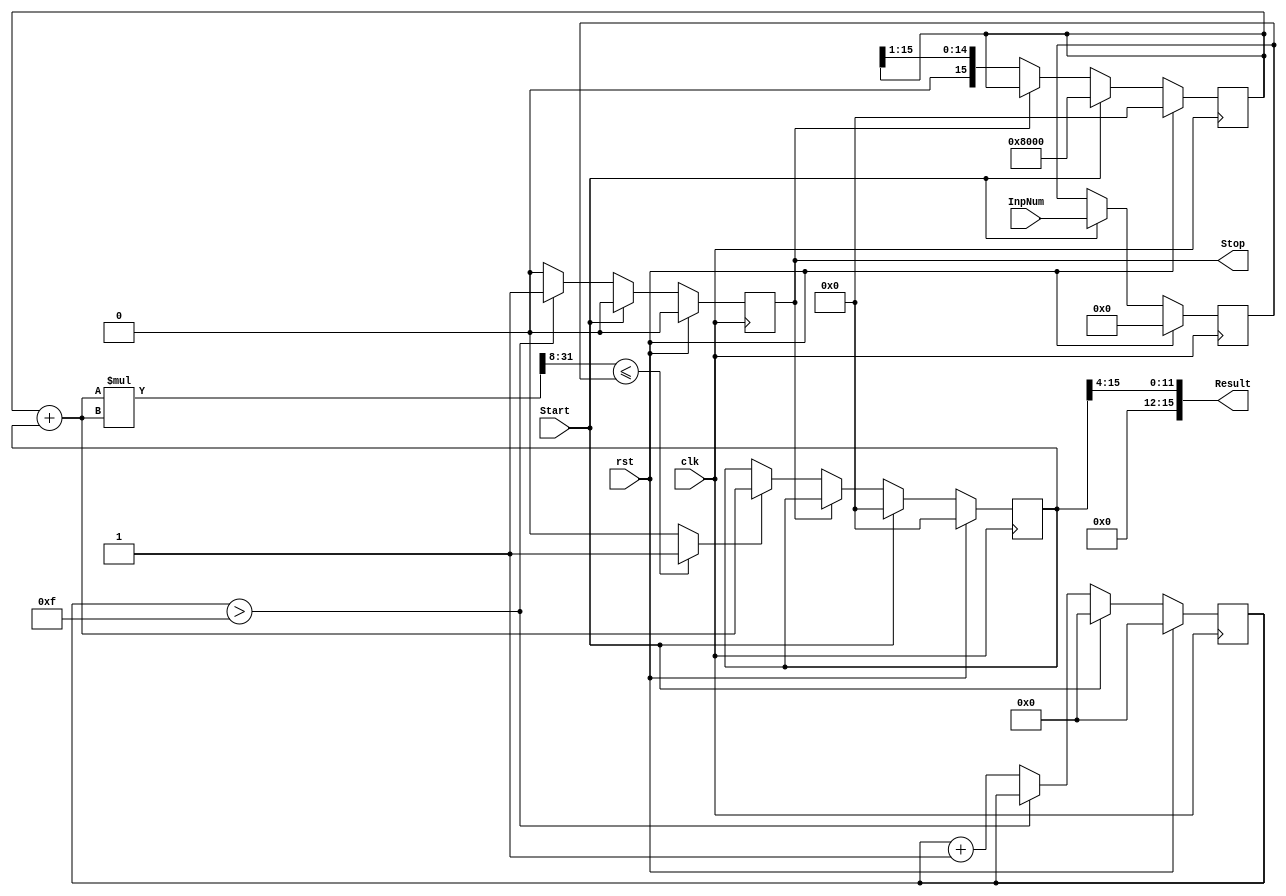
module SqrtCORDIC(input         Start,
                  input         clk,
                  input         rst,
                  input  [31:0] InpNum,
                  output [15:0] Result,
                  output reg    Stop);


/// D A T A   U N I T   variables

wire        init;
wire        gatedClk;
wire        le;
wire [15:0] added;
wire [15:0] addOrNot;
wire [47:0] squared;
wire [31:0] squaredRestr;

reg [15:0] OneShReg;
reg [15:0] Sqrt;
reg [31:0] InputReg;

//logic [7:0] IntegerPart, FractionalPart;

//assign gatedClk = clk & ~Stop;


/// C O N T R O L   U N I T   variables

reg [4:0] ctr;


/// D A T A   U N I T   definition

assign added        = OneShReg + Sqrt;
assign squared      = added * added;
assign squaredRestr = squared >> 8;
assign le           = (squaredRestr <= InputReg) ? 1'b1  : 1'b0;
assign addOrNot     = (le == 1)                  ? added : Sqrt;
//assign IntegerPart  = Sqrt[15:8];
//assign FractionalPart = Sqrt[7:0];
assign Result       = Sqrt>>4;

//always@(negedge gatedClk)
//begin
 //  OneShReg <= (init == 1'b1) ? (16'b1 << 15) : (OneShReg >>> 1);
  // Sqrt     <= (init == 1'b1) ? 16'b0         : addOrNot;
  // InputReg <= (init == 1'b1) ? InpNum        : InputReg;
//end

always @(posedge clk) begin
    if (rst) begin
   OneShReg <=16'b0;
Sqrt <=16'b0;
InputReg<=32'b0;
end else if (Start) begin
OneShReg<=16'b1<<15;
Sqrt<=16'b0;
InputReg<=InpNum;
end else if (~Stop) begin
OneShReg<=OneShReg>>1;
Sqrt<=addOrNot;
end
end
/// C O N T R O L   U N I T   definition

assign init = Start;

always@(posedge clk) begin
if (rst) begin
   ctr<= 5'b0;
 Stop<=1'b0;
end
else if (Start == 1'b1)
   begin
   ctr  <= 5'b0;
   Stop <= 1'b0;
   end
else
   if (ctr > 5'd15)
   begin
   ctr  <= ctr;
   Stop <= 1'b1;
   end
   else
   begin
   ctr  <= ctr + 5'b1;
   Stop <= 1'b0;
   end

end
endmodule